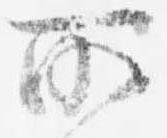
所